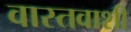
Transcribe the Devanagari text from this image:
वास्तवाशी